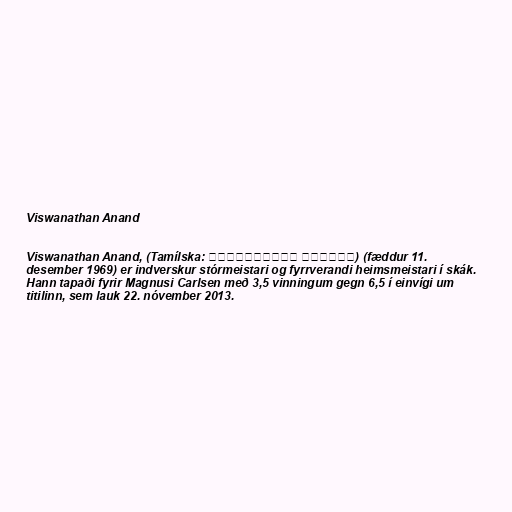
Viswanathan Anand

Viswanathan Anand, (Tamílska: விசுவநாதன் ஆனந்த்) (fæddur 11.
desember 1969) er indverskur stórmeistari og fyrrverandi heimsmeistari í skák.
Hann tapaði fyrir Magnusi Carlsen með 3,5 vinningum gegn 6,5 í einvígi um
titilinn, sem lauk 22. nóvember 2013.